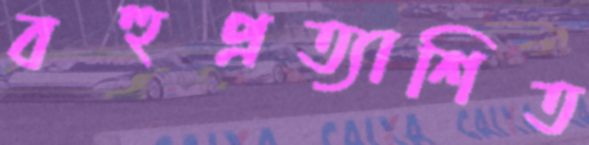
বহুপ্রত্যাশিত